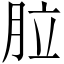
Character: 䏠